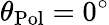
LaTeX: \theta_{\mathrm{Pol}}=0^{\circ}